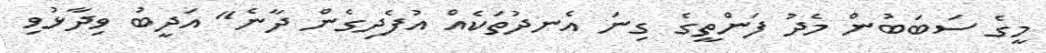
މީގެ ސަބަބުން މެދު ފަންތީގެ ގިނަ އެނދުތަކެއް އުފެދިގެން ދާނެ" އަދީބު ވިދާޅުވި